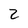
Character: 2